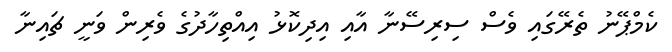
ކެމްޕޭނު ތެރޭގައި ވެސް ސިރިސޭނާ އާއި އިދިކޮޅު އިއްތިހާދުގެ ވެރިން ވަނީ ޗައިނާ